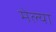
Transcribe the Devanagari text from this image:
मेल्‍या